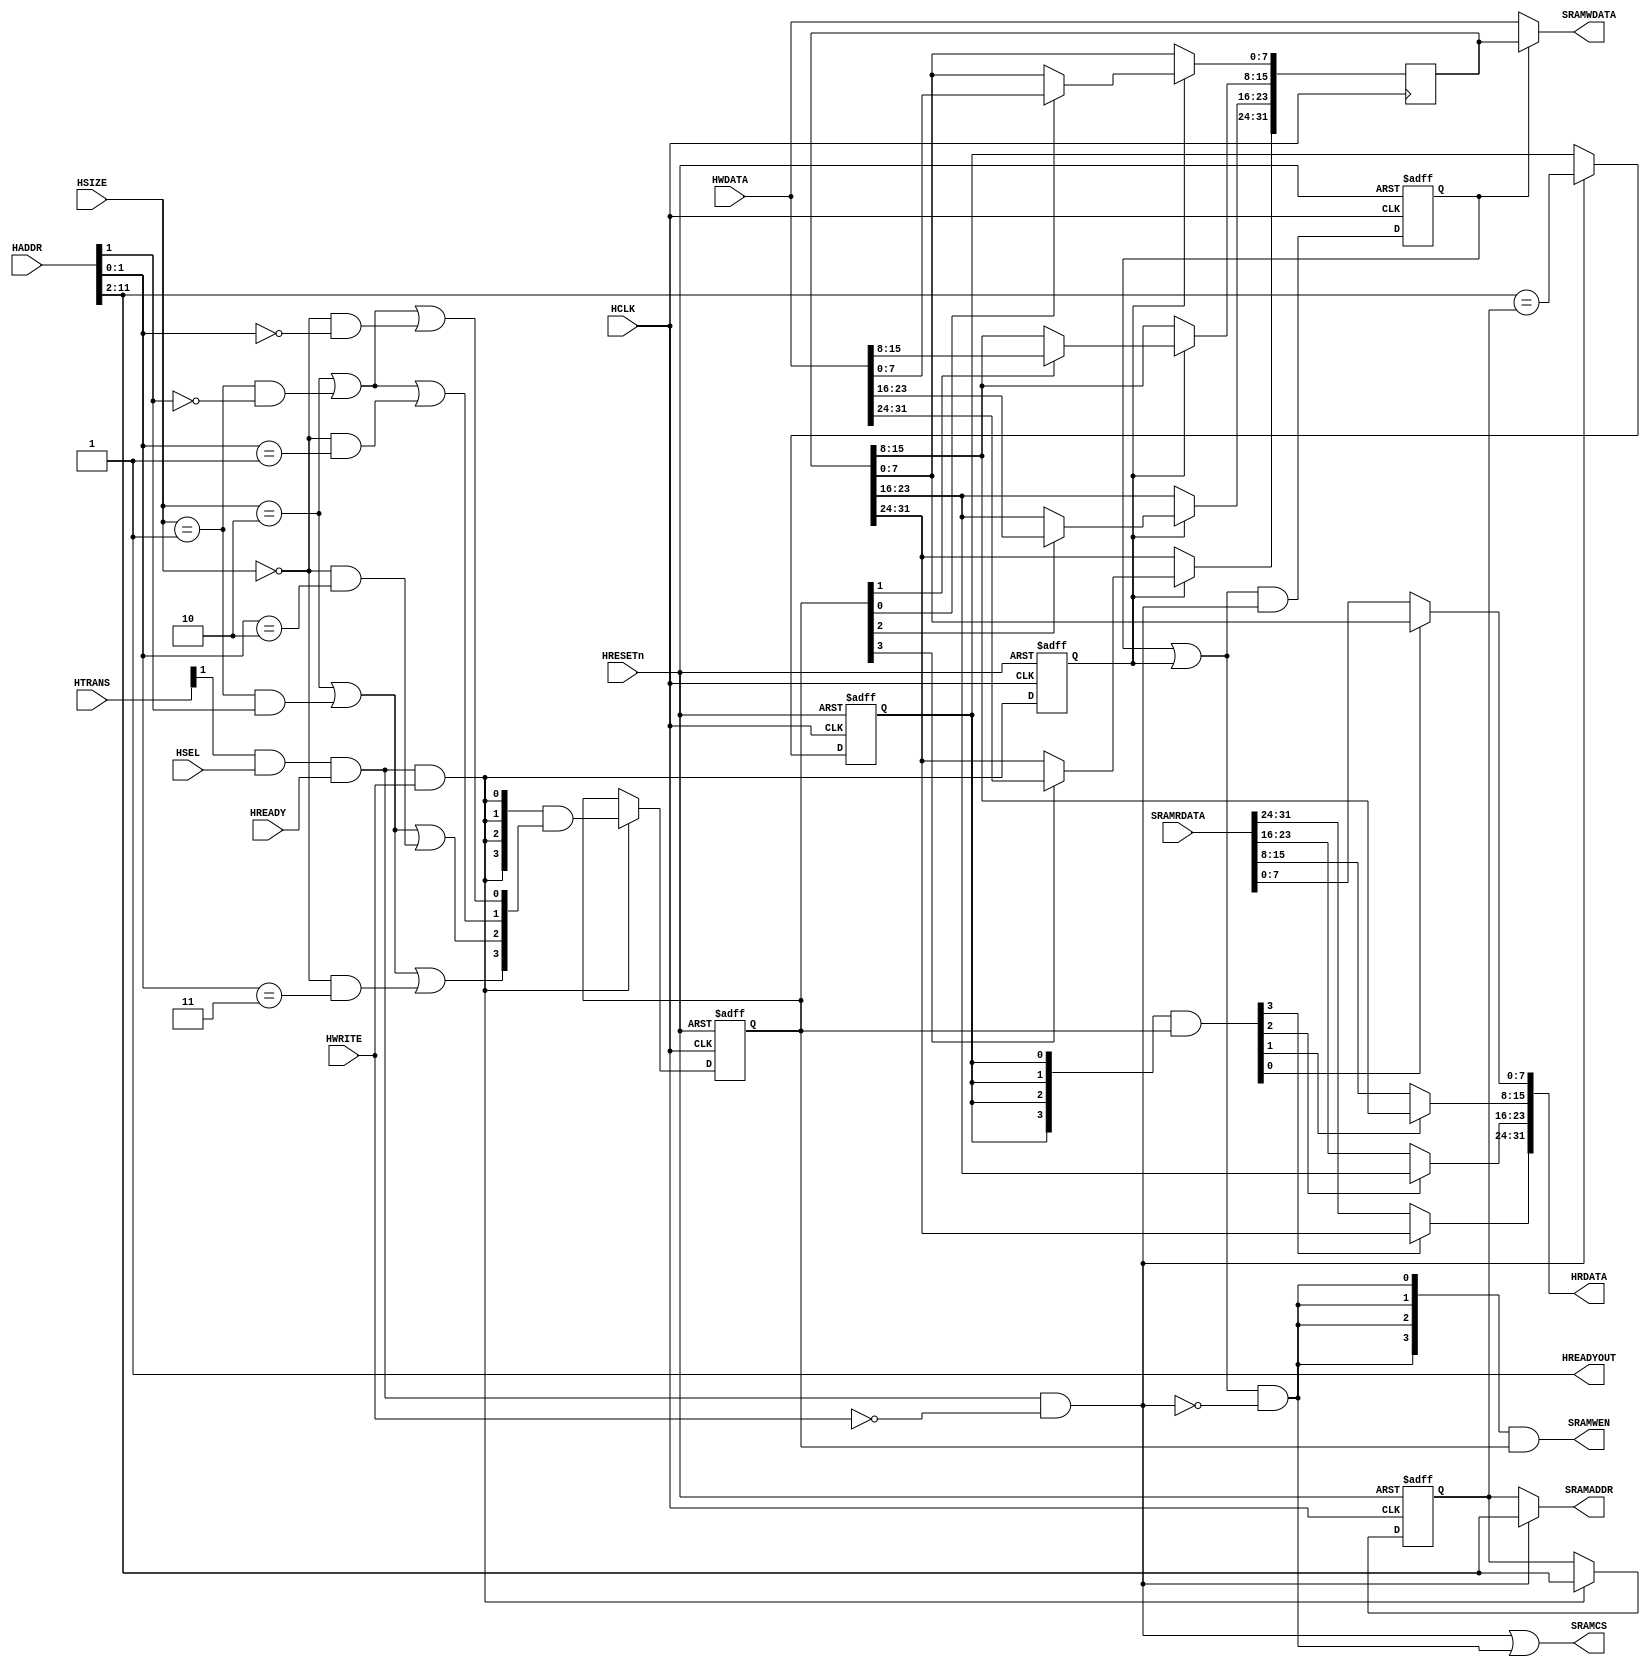
// This program was cloned from: https://github.com/AUCOHL/Lighter
// License: Apache License 2.0

`timescale              1ns/1ps
`default_nettype        none

/*
	Copyright 2020 Mohamed Shalan

	Licensed under the Apache License, Version 2.0 (the "License");
	you may not use this file except in compliance with the License.
	You may obtain a copy of the License at:

	http://www.apache.org/licenses/LICENSE-2.0

	Unless required by applicable law or agreed to in writing, software
	distributed under the License is distributed on an "AS IS" BASIS,
	WITHOUT WARRANTIES OR CONDITIONS OF ANY KIND, either express or implied.
	See the License for the specific language governing permissions and
	limitations under the License.
*/










































































































































































module AHB_SRAM #( parameter AW = 12) // Address width
 (
    input                   HCLK,
    input                   HRESETn,
    
    
    input wire          HSEL,
    input wire [31:0]   HADDR,
    input wire [1:0]    HTRANS,
    input wire          HWRITE,
    input wire          HREADY,
    input wire [31:0]   HWDATA,
    input wire [2:0]    HSIZE,
    output wire         HREADYOUT,
    output wire [31:0]  HRDATA,
  
    input  wire [31:0]      SRAMRDATA,          // SRAM Read Data
    output wire [3:0]       SRAMWEN,            // SRAM write enable (active high)
    output wire [31:0]      SRAMWDATA,          // SRAM write data
    output wire             SRAMCS,             // SRAM Chip Select (active high)
    output wire [AW-3:0]    SRAMADDR            // SRAM address
);   

    reg  [(AW-3):0]          buf_addr;          // Write address buffer
    reg  [ 3:0]              buf_we;            // Write enable buffer (data phase)
    reg                      buf_hit;           // High when reading a wrote-pending data
    reg  [31:0]              buf_data;          // AHB write bus buffered
    reg                      buf_pend;          // Buffer write data valid
    reg                      buf_data_en;       // Data buffer write enable (data phase)

    wire ahb_wr  = HTRANS[1] & HSEL & HREADY & HWRITE;
    wire ahb_rd  = HTRANS[1] & HSEL & HREADY & ~HWRITE;

    /*
        SRAM read involves address and data phases which matches that of an AHB 
        transactions. However, SRAM write requires both data and address to be present 
        concurrently. This causes an issue for a read operation after a write operation.
        The solution is to delay the write to be done after the read and provide a mean
        to short circuit the data if you read from the location to be written.
    */

    // Stored write data in pending state if new transfer is read
    //   buf_data_en indicate new write (data phase)
    //   ahb_rd    indicate new read  (address phase)
    //   buf_pend    is registered version of buf_pend_nxt
    wire buf_pend_nxt = (buf_pend | buf_data_en) & ahb_rd;

    always @(posedge HCLK or negedge HRESETn)
        if (~HRESETn)
        buf_pend <= 1'b0;
        else
        buf_pend <= buf_pend_nxt;

    // RAM write happens when
    // - write pending (buf_pend), or
    // - new AHB write seen (buf_data_en) at data phase,
    // - and not reading (address phase)
    wire ram_write   = (buf_pend | buf_data_en)  & (~ahb_rd);

    // RAM WE is the buffered WE
    assign SRAMWEN   = {4{ram_write}} & buf_we[3:0];

    // RAM address is the buffered address for RAM write otherwise HADDR
    assign SRAMADDR  = ahb_rd ? HADDR[AW-1:2] : buf_addr;

    // RAM chip select during read or write
    assign SRAMCS    = ahb_rd | ram_write;

    // ----------------------------------------------------------
    // Byte lane decoder and next state logic
    // ----------------------------------------------------------
    wire is_byte     = (HSIZE == 3'b000);
    wire is_half     = (HSIZE == 3'b001);
    wire is_word     = (HSIZE == 3'b010);

    wire byte_0      = is_byte & (HADDR[1:0] == 2'b00);
    wire byte_1      = is_byte & (HADDR[1:0] == 2'b01);
    wire byte_2      = is_byte & (HADDR[1:0] == 2'b10);
    wire byte_3      = is_byte & (HADDR[1:0] == 2'b11);

    wire half_0      = is_half & ~HADDR[1];
    wire half_2      = is_half & HADDR[1];

    wire byte_we_0   = is_word | half_0 | byte_0;
    wire byte_we_1   = is_word | half_0 | byte_1;
    wire byte_we_2   = is_word | half_2 | byte_2;
    wire byte_we_3   = is_word | half_2 | byte_3;

    // Address phase byte lane strobe
    wire [3:0] buf_we_nxt = {4{ahb_wr}} & {byte_we_3, byte_we_2, byte_we_1, byte_we_0};

    // buf_we keep the valid status of each byte (data phase)
    always @(posedge HCLK or negedge HRESETn)
        if (~HRESETn)
        buf_we <= 4'b0000;
        else if(ahb_wr)
        buf_we <= buf_we_nxt;

    // buf_data_en is data phase write control
    always @(posedge HCLK or negedge HRESETn)
        if (~HRESETn)
        buf_data_en <= 1'b0;
        else
        buf_data_en <= ahb_wr;

    always @(posedge HCLK) begin
        if(buf_data_en) begin
            if(buf_we[3]) buf_data[31:24] <= HWDATA[31:24];
            if(buf_we[2]) buf_data[23:16] <= HWDATA[23:16];
            if(buf_we[1]) buf_data[15: 8] <= HWDATA[15: 8];
            if(buf_we[0]) buf_data[ 7: 0] <= HWDATA[ 7: 0];
        end
    end

    always @(posedge HCLK or negedge HRESETn) begin
        if (~HRESETn)
            buf_addr <= {(AW-2){1'b0}};
        else if (ahb_wr)
            buf_addr <= HADDR[(AW-1):2];
    end

    // Do we have a matching Address (hit)?
    wire  buf_hit_nxt = (HADDR[AW-1:2] == buf_addr[AW-3 - 0:0]);
    always @(posedge HCLK or negedge HRESETn)
        if (~HRESETn)
            buf_hit <= 1'b0;
        else if(ahb_rd)
            buf_hit <= buf_hit_nxt;

    /*
        Handle the short circuit scenario, a read from a location 
        which has a write-pending operation. In this case return
        the pending data
    */
    wire [ 3:0] short  = {4{buf_hit}} & buf_we; 
    assign  HRDATA = { 
                short[3] ? buf_data[31:24] : SRAMRDATA[31:24],
                short[2] ? buf_data[23:16] : SRAMRDATA[23:16],
                short[1] ? buf_data[15: 8] : SRAMRDATA[15: 8],
                short[0] ? buf_data[ 7: 0] : SRAMRDATA[ 7: 0] 
            };

    /* 
        SRAMWDATA comes from the pending write data if any; otherwise it 
        comes from HWDATA
    */
    assign SRAMWDATA = (buf_pend) ? buf_data : HWDATA[31:0];

    // No Delay cycles; always ready
    assign HREADYOUT = 1'b1;

endmodule